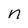
Character: n